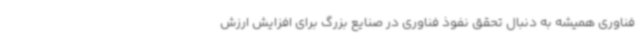
فناوری همیشه به دنبال تحقق نفوذ فناوری در صنایع بزرگ برای افزایش ارزش